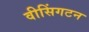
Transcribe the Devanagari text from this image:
वीसिंगटन